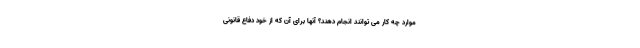
موارد چه کار می توانند انجام دهند؟ آنها برای آن که از خود دفاع قانونی